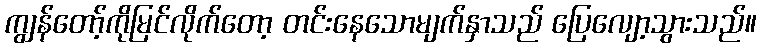
ကျွန်တော့်ကိုမြင်လိုက်တော့ တင်းနေသောမျက်နှာသည် ပြေလျော့သွားသည်။